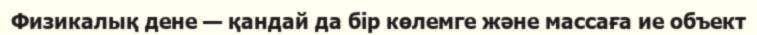
Физикалық дене — қандай да бір көлемге және массаға ие объект